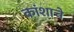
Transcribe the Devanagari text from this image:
कांशाचे